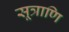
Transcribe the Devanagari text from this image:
सूत्राणि